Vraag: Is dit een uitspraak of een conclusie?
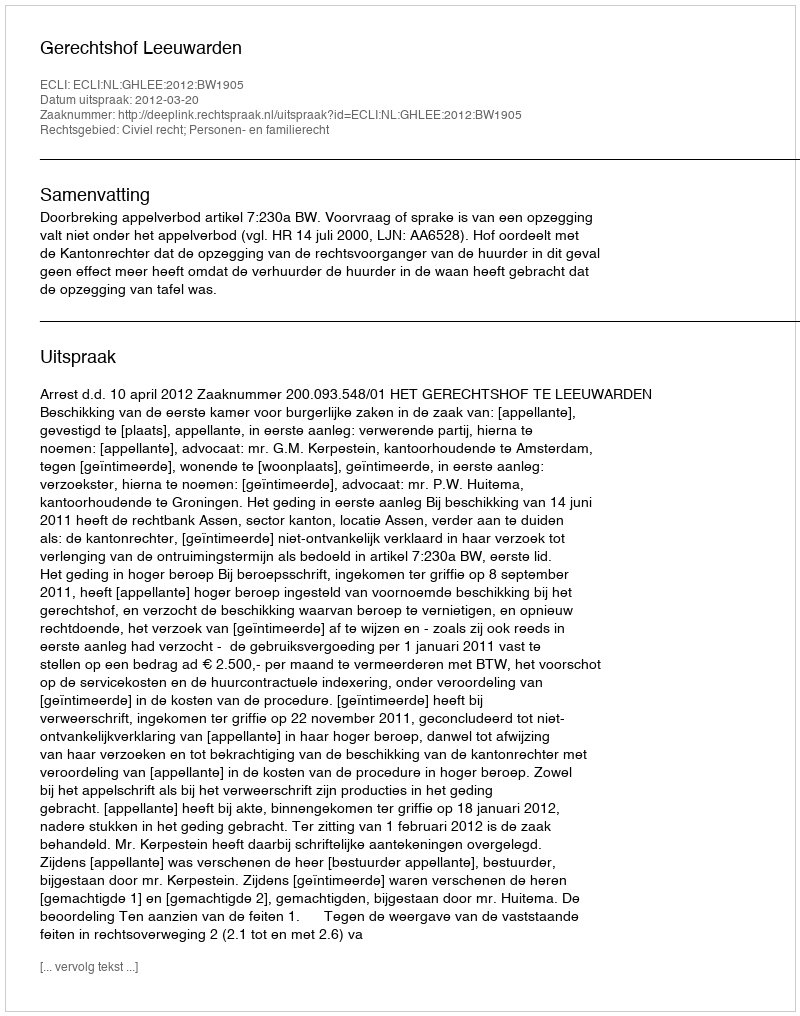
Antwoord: Uitspraak